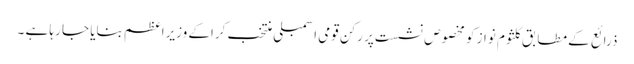
ذرائع کے مطابق کلثوم نواز کو مخصوص نشست پر رکن قومی اسمبلی منتخب کراکے وزیراعظم بنایا جا رہا ہے ۔